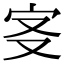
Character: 𡧕